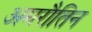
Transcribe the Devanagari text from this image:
अमरौतिन